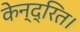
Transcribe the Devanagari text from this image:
केन्द्रित।